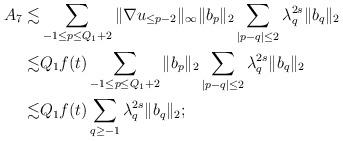
LaTeX: \begin{align*}A_7\lesssim & \sum_{-1\leq p\leq Q_1+2}\|\nabla u_{\leq p-2}\|_\infty\|b_p\|_2\sum_{|p-q|\leq 2}\lambda_q^{2s}\|b_q\|_2\\\lesssim & Q_1f(t)\sum_{-1\leq p\leq Q_1+2}\|b_p\|_2\sum_{|p-q|\leq 2}\lambda_q^{2s}\|b_q\|_2\\\lesssim & Q_1f(t)\sum_{q\geq -1}\lambda_q^{2s}\|b_q\|_2;\end{align*}